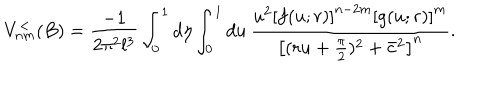
V _ { n m } ^ { < } ( B ) = \frac { - 1 } { 2 \pi ^ { 2 } l ^ { 3 } } \int _ { 0 } ^ { 1 } d \eta \int _ { 0 } ^ { 1 } d u \, \frac { u ^ { 2 } \left[ f ( u ; r ) \right] ^ { n - 2 m } \left[ g ( u ; r ) \right] ^ { m } } { \left[ ( r u + \frac { \pi } { 2 } ) ^ { 2 } + \bar { c } ^ { 2 } \right] ^ { n } } .